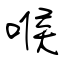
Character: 喉